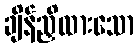
ချိန်ညှိထားသော